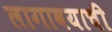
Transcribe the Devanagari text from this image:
लागावयाची